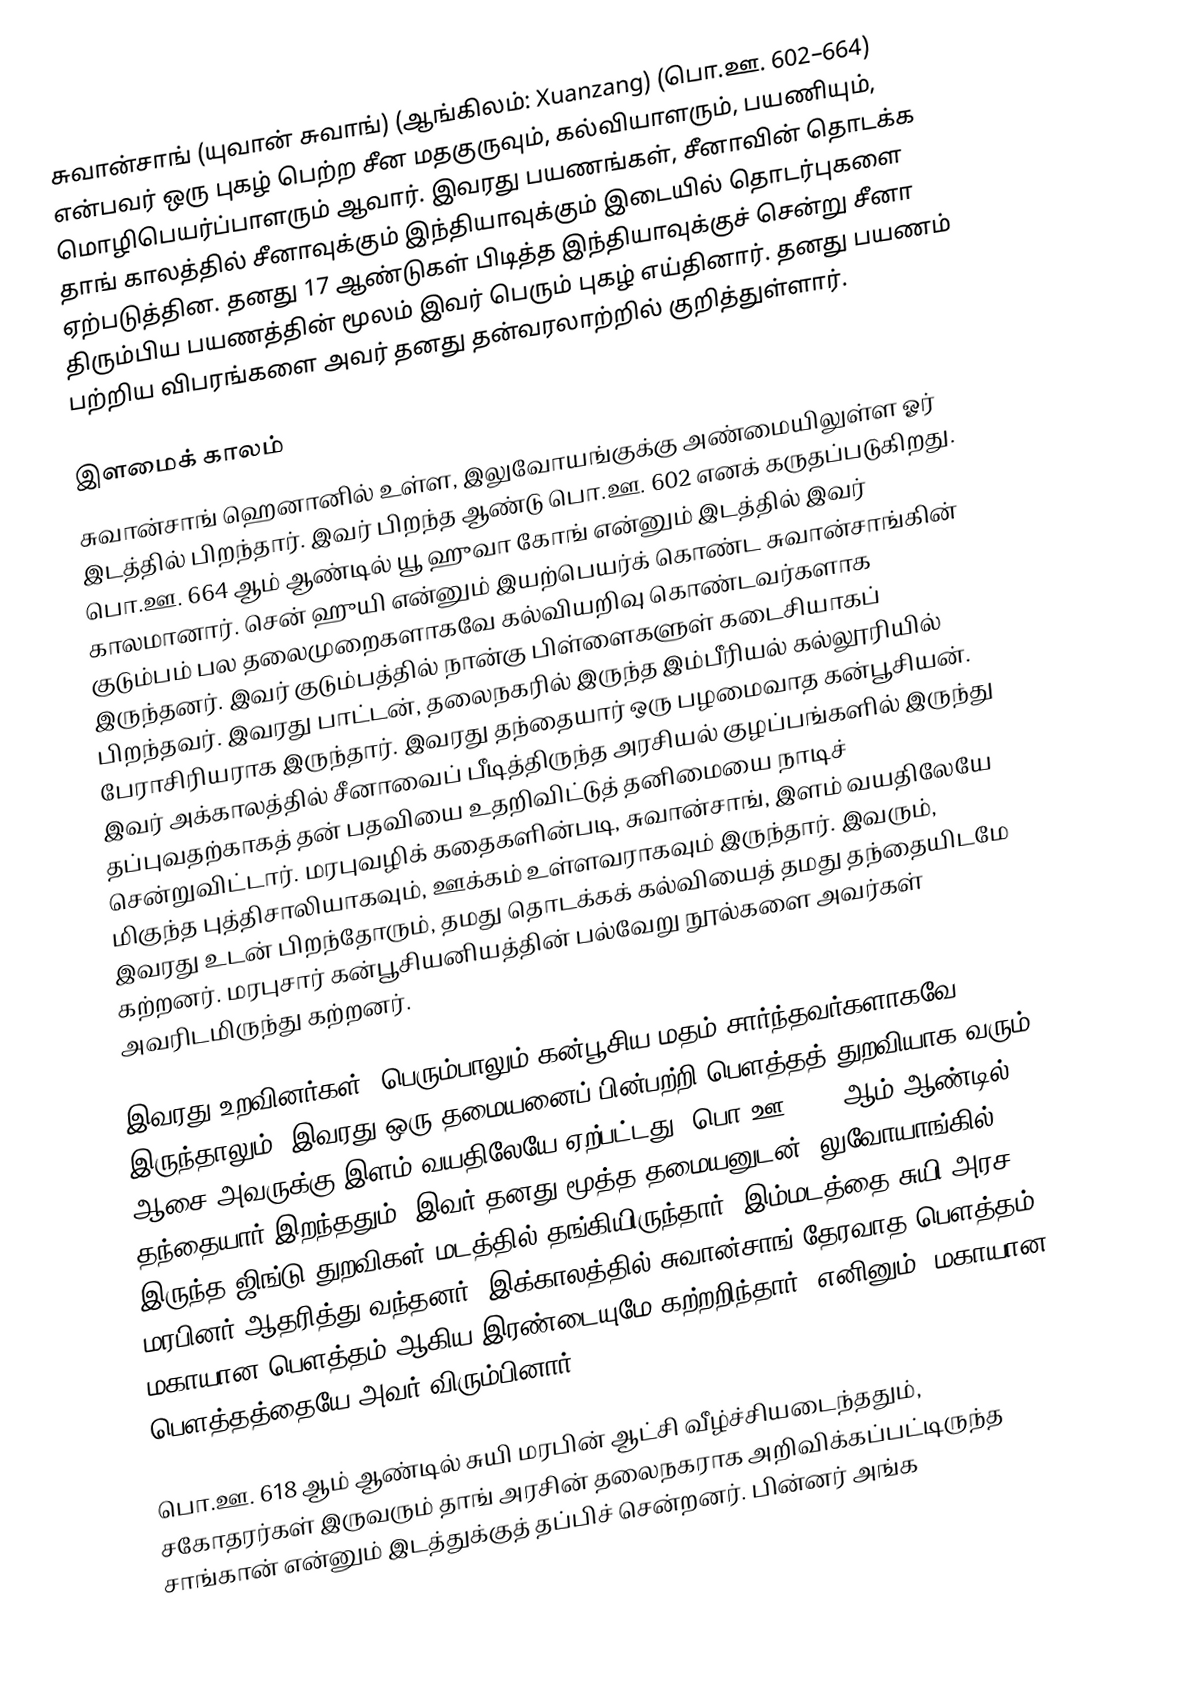
சுவான்சாங் (யுவான் சுவாங்) (ஆங்கிலம்: Xuanzang) (பொ.ஊ. 602–664) என்பவர் ஒரு புகழ் பெற்ற சீன மதகுருவும், கல்வியாளரும், பயணியும், மொழிபெயர்ப்பாளரும் ஆவார். இவரது பயணங்கள், சீனாவின் தொடக்க தாங் காலத்தில் சீனாவுக்கும் இந்தியாவுக்கும் இடையில் தொடர்புகளை ஏற்படுத்தின. தனது 17 ஆண்டுகள் பிடித்த இந்தியாவுக்குச் சென்று சீனா திரும்பிய பயணத்தின் மூலம் இவர் பெரும் புகழ் எய்தினார். தனது பயணம் பற்றிய விபரங்களை அவர் தனது தன்வரலாற்றில் குறித்துள்ளார்.

இளமைக் காலம்
சுவான்சாங் ஹெனானில் உள்ள, இலுவோயங்குக்கு அண்மையிலுள்ள ஓர் இடத்தில் பிறந்தார். இவர் பிறந்த ஆண்டு பொ.ஊ. 602 எனக் கருதப்படுகிறது. பொ.ஊ. 664 ஆம் ஆண்டில் யூ ஹுவா கோங் என்னும் இடத்தில் இவர் காலமானார். சென் ஹுயி என்னும் இயற்பெயர்க் கொண்ட சுவான்சாங்கின் குடும்பம் பல தலைமுறைகளாகவே கல்வியறிவு கொண்டவர்களாக இருந்தனர். இவர் குடும்பத்தில் நான்கு பிள்ளைகளுள் கடைசியாகப் பிறந்தவர். இவரது பாட்டன், தலைநகரில் இருந்த இம்பீரியல் கல்லூரியில் பேராசிரியராக இருந்தார். இவரது தந்தையார் ஒரு பழமைவாத கன்பூசியன். இவர் அக்காலத்தில் சீனாவைப் பீடித்திருந்த அரசியல் குழப்பங்களில் இருந்து தப்புவதற்காகத் தன் பதவியை உதறிவிட்டுத் தனிமையை நாடிச் சென்றுவிட்டார். மரபுவழிக் கதைகளின்படி, சுவான்சாங், இளம் வயதிலேயே மிகுந்த புத்திசாலியாகவும், ஊக்கம் உள்ளவராகவும் இருந்தார். இவரும், இவரது உடன் பிறந்தோரும், தமது தொடக்கக் கல்வியைத் தமது தந்தையிடமே கற்றனர். மரபுசார் கன்பூசியனியத்தின் பல்வேறு நூல்களை அவர்கள் அவரிடமிருந்து கற்றனர்.

இவரது உறவினர்கள், பெரும்பாலும் கன்பூசிய மதம் சார்ந்தவர்களாகவே இருந்தாலும், இவரது ஒரு தமையனைப் பின்பற்றி பௌத்தத் துறவியாக வரும் ஆசை அவருக்கு இளம் வயதிலேயே ஏற்பட்டது. பொ.ஊ. 611 ஆம் ஆண்டில் தந்தையார் இறந்ததும், இவர் தனது மூத்த தமையனுடன், லுவோயாங்கில் இருந்த ஜிங்டு துறவிகள் மடத்தில் தங்கியிருந்தார். இம்மடத்தை சுயி அரச மரபினர் ஆதரித்து வந்தனர். இக்காலத்தில் சுவான்சாங் தேரவாத பௌத்தம், மகாயான பௌத்தம் ஆகிய இரண்டையுமே கற்றறிந்தார். எனினும், மகாயான பௌத்தத்தையே அவர் விரும்பினார்.

பொ.ஊ. 618 ஆம் ஆண்டில் சுயி மரபின் ஆட்சி வீழ்ச்சியடைந்ததும், சகோதரர்கள் இருவரும் தாங் அரசின் தலைநகராக அறிவிக்கப்பட்டிருந்த சாங்கான் என்னும் இடத்துக்குத் தப்பிச் சென்றனர். பின்னர் அங்க